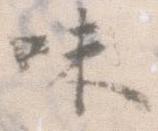
味